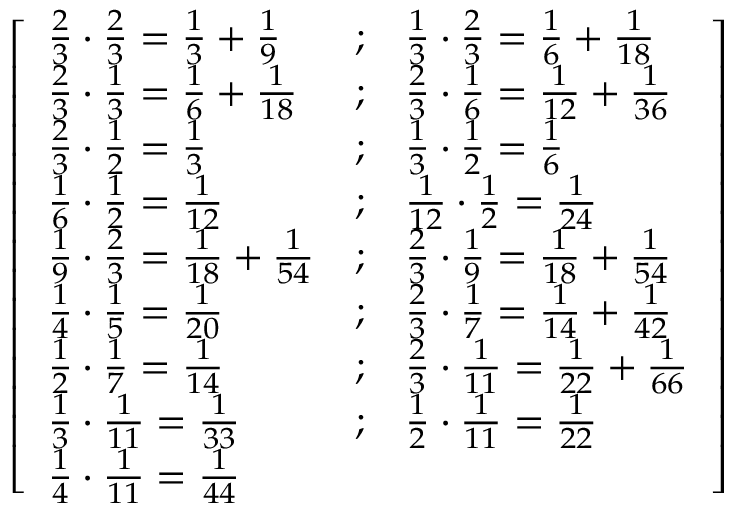
{ \left[ \begin{array} { l l l } { { \frac { 2 } { 3 } } \cdot { \frac { 2 } { 3 } } = { \frac { 1 } { 3 } } + { \frac { 1 } { 9 } } } & { ; } & { { \frac { 1 } { 3 } } \cdot { \frac { 2 } { 3 } } = { \frac { 1 } { 6 } } + { \frac { 1 } { 1 8 } } } \\ { { \frac { 2 } { 3 } } \cdot { \frac { 1 } { 3 } } = { \frac { 1 } { 6 } } + { \frac { 1 } { 1 8 } } } & { ; } & { { \frac { 2 } { 3 } } \cdot { \frac { 1 } { 6 } } = { \frac { 1 } { 1 2 } } + { \frac { 1 } { 3 6 } } } \\ { { \frac { 2 } { 3 } } \cdot { \frac { 1 } { 2 } } = { \frac { 1 } { 3 } } } & { ; } & { { \frac { 1 } { 3 } } \cdot { \frac { 1 } { 2 } } = { \frac { 1 } { 6 } } } \\ { { \frac { 1 } { 6 } } \cdot { \frac { 1 } { 2 } } = { \frac { 1 } { 1 2 } } } & { ; } & { { \frac { 1 } { 1 2 } } \cdot { \frac { 1 } { 2 } } = { \frac { 1 } { 2 4 } } } \\ { { \frac { 1 } { 9 } } \cdot { \frac { 2 } { 3 } } = { \frac { 1 } { 1 8 } } + { \frac { 1 } { 5 4 } } } & { ; } & { { \frac { 2 } { 3 } } \cdot { \frac { 1 } { 9 } } = { \frac { 1 } { 1 8 } } + { \frac { 1 } { 5 4 } } } \\ { { \frac { 1 } { 4 } } \cdot { \frac { 1 } { 5 } } = { \frac { 1 } { 2 0 } } } & { ; } & { { \frac { 2 } { 3 } } \cdot { \frac { 1 } { 7 } } = { \frac { 1 } { 1 4 } } + { \frac { 1 } { 4 2 } } } \\ { { \frac { 1 } { 2 } } \cdot { \frac { 1 } { 7 } } = { \frac { 1 } { 1 4 } } } & { ; } & { { \frac { 2 } { 3 } } \cdot { \frac { 1 } { 1 1 } } = { \frac { 1 } { 2 2 } } + { \frac { 1 } { 6 6 } } } \\ { { \frac { 1 } { 3 } } \cdot { \frac { 1 } { 1 1 } } = { \frac { 1 } { 3 3 } } } & { ; } & { { \frac { 1 } { 2 } } \cdot { \frac { 1 } { 1 1 } } = { \frac { 1 } { 2 2 } } } \\ { { \frac { 1 } { 4 } } \cdot { \frac { 1 } { 1 1 } } = { \frac { 1 } { 4 4 } } } & & \end{array} \right] }